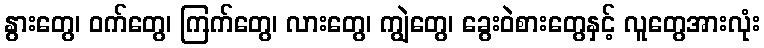
နွားတွေ၊ ဝက်တွေ၊ ကြက်တွေ၊ လားတွေ၊ ကျွဲတွေ၊ ခွေးဝဲစားတွေနှင့် လူတွေအားလုံး